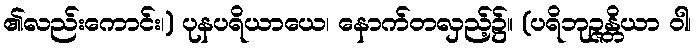
၏လည်းကောင်း၊) ပုနပရိယာယေ၊ နောက်တလှည့်၌။ (ပရိဘုဉ္ဇန္တိယာ ဝါ၊